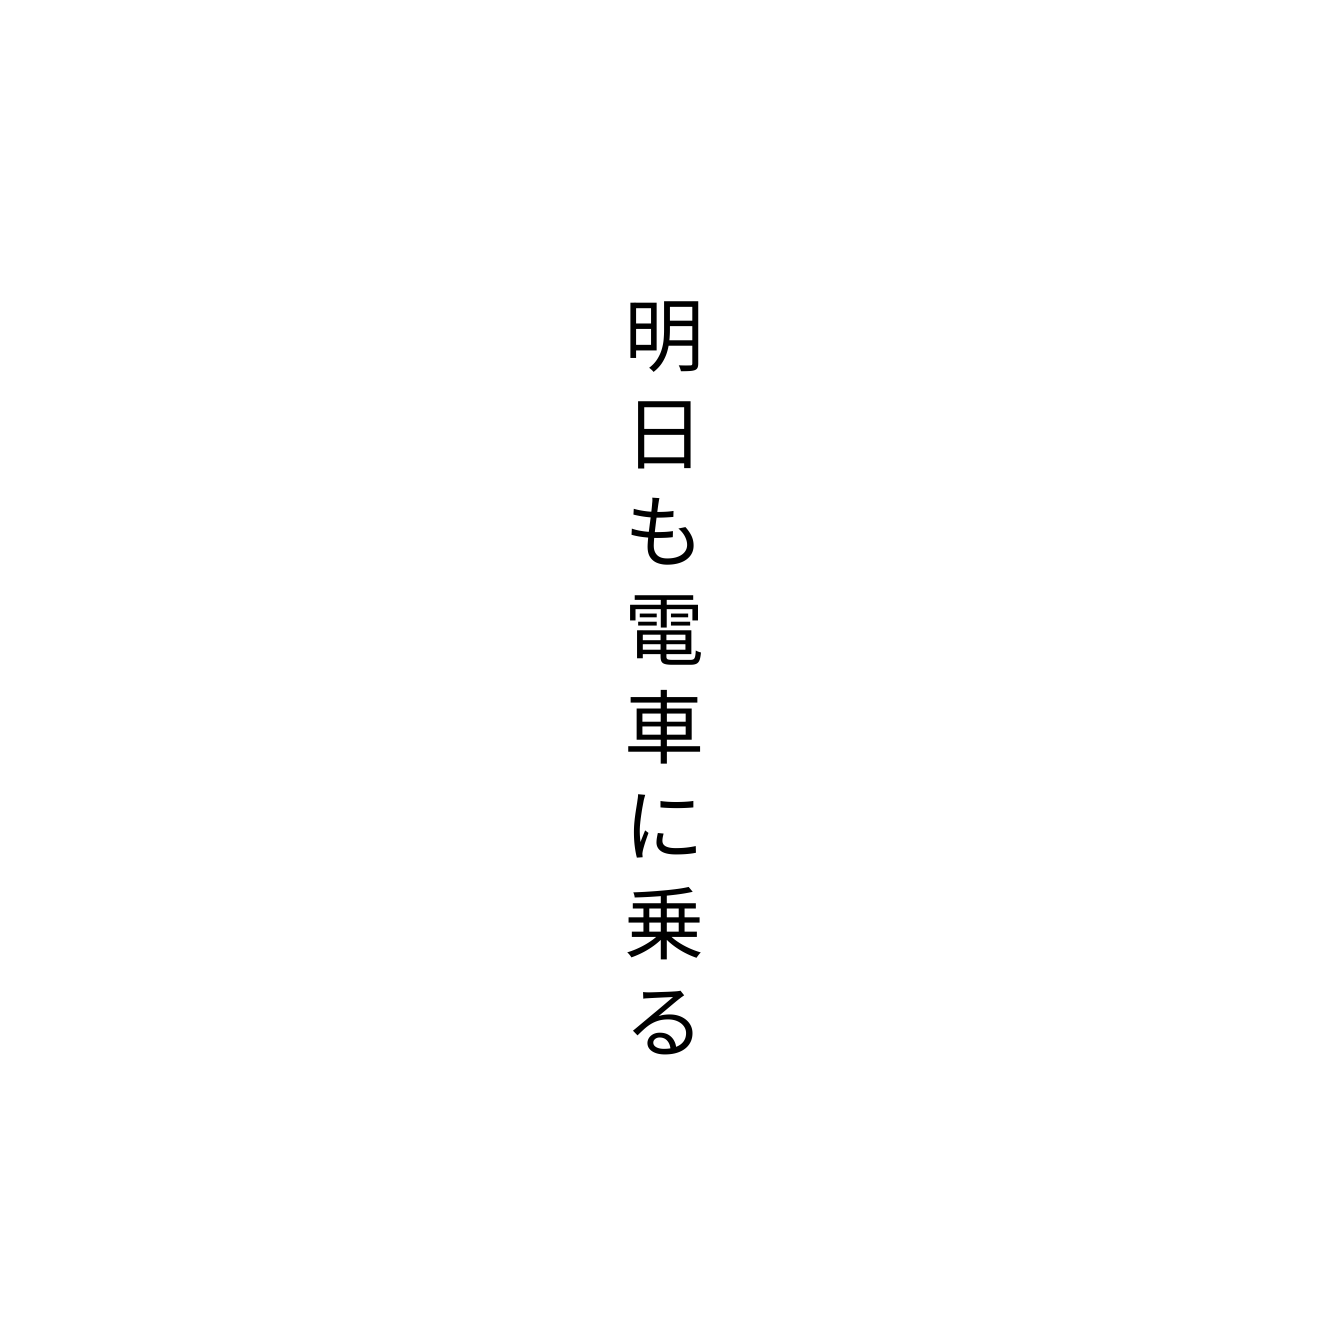
明日も電車に乗る